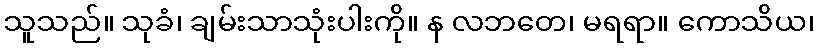
သူသည်။ သုခံ၊ ချမ်းသာသုံးပါးကို။ န လဘတေ၊ မရရာ။ ကောသိယ၊